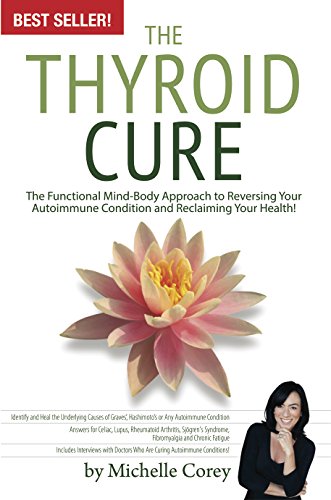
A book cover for The Thyroid Cure - The Functional Mind-Body Approach to Reversing Your Autoimmune Condition and Reclaiming Your Health!; Michelle Corey; Health, Fitness & Dieting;